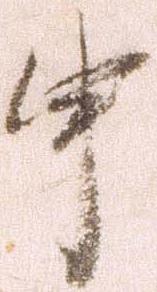
申